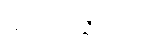
သတင်းသိရသည်